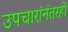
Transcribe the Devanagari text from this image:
उपचारांनंतरही